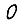
Digit: 0